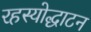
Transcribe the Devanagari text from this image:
रहस्योद्धाटन